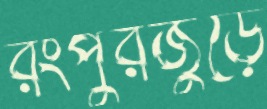
রংপুরজুড়ে